Annual report of the Punjab Veterinary College and of the Civil Veterinary Department, Punjab - 1926-1932
Year: 1926
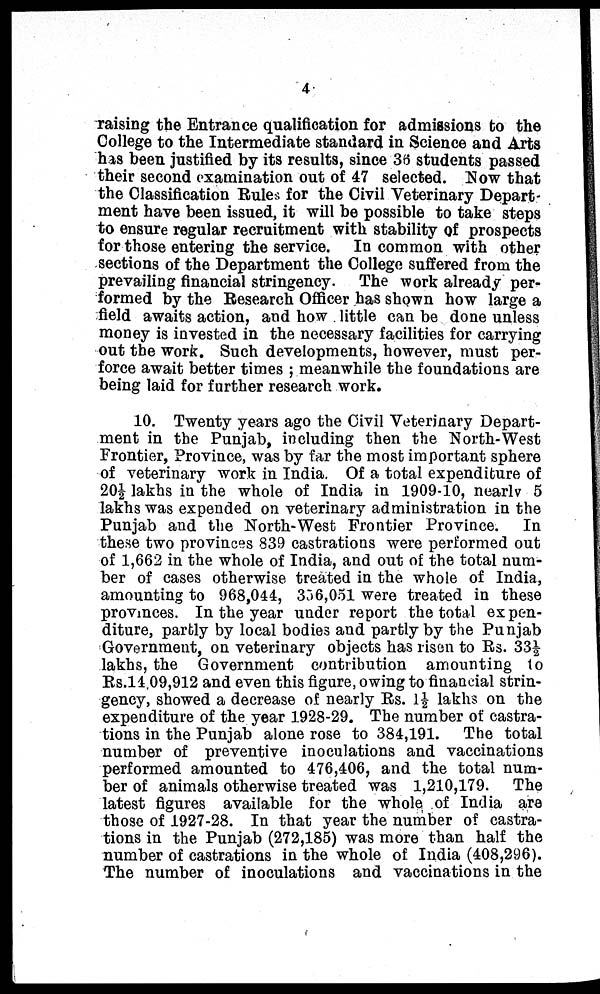
4
raising the Entrance qualification for admissions to the
College to the Intermediate standard in Science and Arts
has been justified by its results, since 36 students passed
their second examination out of 47 selected. Now that
the Classification Rules for the Civil Veterinary Depart-
ment have been issued, it will be possible to take steps
to ensure regular recruitment with stability of prospects
for those entering the service. In common with other
sections of the Department the College suffered from the
prevailing financial stringency. The work already per-
formed by the Research Officer has shown how large a
field awaits action, and how little can be done unless
money is invested in the necessary facilities for carrying
out the work. Such developments, however, must per-
force await better times; meanwhile the foundations are
being laid for further research work.
10. Twenty years ago the Civil Veterinary Depart-
ment in the Punjab, including then the North-West
Frontier, Province, was by far the most important sphere
of veterinary work in India. Of a total expenditure of
20½ lakhs in the whole of India in 1909-10, nearly 5
lakhs was expended on veterinary administration in the
Punjab and the North-West Frontier Province. In
these two provinces 839 castrations were performed out
of 1,662 in the whole of India, and out of the total num-
ber of cases otherwise treated in the whole of India,
amounting to 968,044, 356,051 were treated in these
provinces. In the year under report the total expen-
diture, partly by local bodies and partly by the Punjab
Government, on veterinary objects has risen to Rs. 33½
lakhs, the Government contribution amounting to
Rs.14,09,912 and even this figure, owing to financial strin-
gency, showed a decrease of nearly Rs. 1½ lakhs on the
expenditure of the year 1928-29. The number of castra-
tions in the Punjab alone rose to 384,191. The total
number of preventive inoculations and vaccinations
performed amounted to 476,406, and the total num-
ber of animals otherwise treated was 1,210,179. The
latest figures available for the whole of India are
those of 1927-28. In that year the number of castra-
tions in the Punjab (272,185) was more than half the
number of castrations in the whole of India (408,296).
The number of inoculations and vaccinations in the